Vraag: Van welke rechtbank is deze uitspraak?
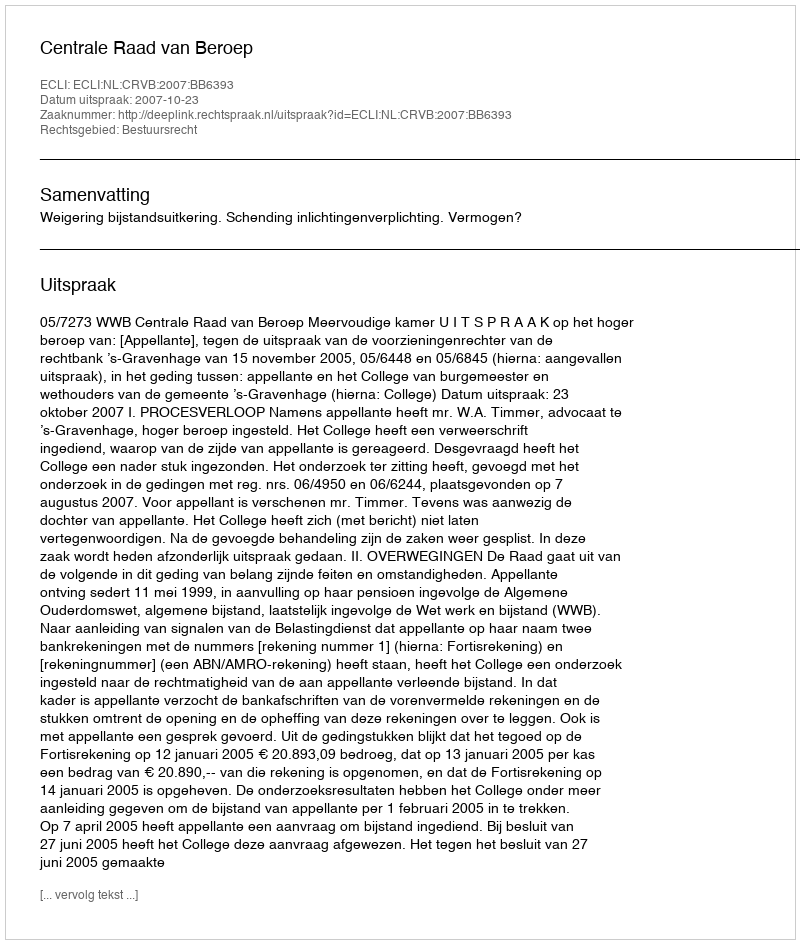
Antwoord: Centrale Raad van Beroep